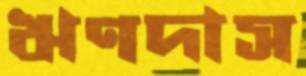
ঋণদাস